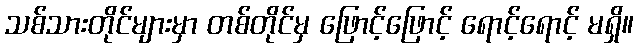
သစ်သားတိုင်များမှာ တစ်တိုင်မှ ဖြောင့်ဖြောင့် ရောင့်ရောင့် မရှိ။